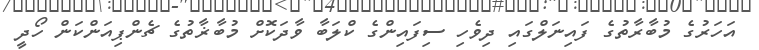
އަހަރުގެ މުބާރާތުގެ ފައިނަލްގައި ދިވެހި ސިފައިންގެ ކްލަބާ ވާދަކޮށް މުބާޜާތުގެ ޗެންޕިއަންކަން ހޯދީ